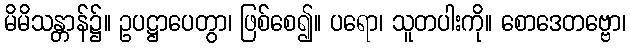
မိမိသန္တာန်၌။ ဥပဋ္ဌာပေတွာ၊ ဖြစ်စေ၍။ ပရော၊ သူတပါးကို။ စောဒေတဗ္ဗော၊